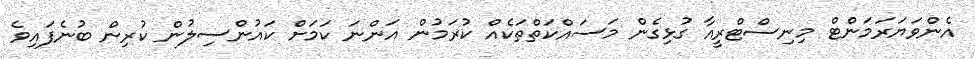
އެންވަޔަރަމަންޓް މިނިސްޓްރީއާ ގުޅިގެން މަސައްކަތްތަކެއް ކުރަމުން އަންނަ ކަމަށް ކައުންސިލުން ކުރިން ބުނެފައިވެ